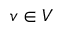
v \in V